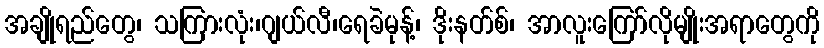
အချိုရည်တွေ၊ သကြားလုံး၊ဂျယ်လီ၊ရေခဲမုန့်၊ ဒိုးနတ်စ်၊ အာလူးကြော်လိုမျိုးအရာတွေကို